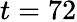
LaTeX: t=72